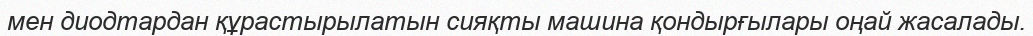
мен диодтардан құрастырылатын сияқты машина қондырғылары оңай жасалады.